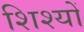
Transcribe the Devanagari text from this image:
शिश्यों